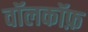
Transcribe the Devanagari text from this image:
वॉलकॉफ़